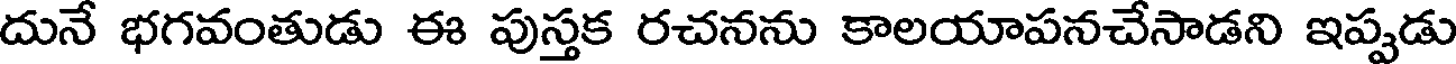
దునే భగవంతుడు ఈ పుస్తక రచనను కాలయాపనచేసాడని ఇప్పడు